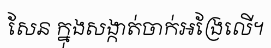
សែន ក្នុងសង្កាត់ចាក់អង្រែលើ។